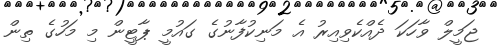
ޖަމީލް ވާހަކަ ދެއްކެވިއިރު އެ މަނިކުފާނުގެ ގައުމީ ޕާޓީން މި މަހުގެ ތިން